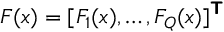
\boldsymbol { F } ( \boldsymbol { x } ) = [ F _ { 1 } ( \boldsymbol { x } ) , \ldots , F _ { Q } ( \boldsymbol { x } ) ] ^ { \boldsymbol { \mathsf { T } } }